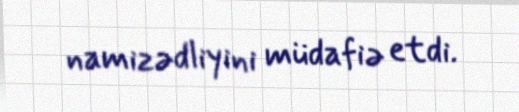
namizədliyini müdafiə etdi.